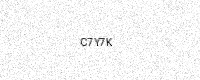
Text: C7Y7K